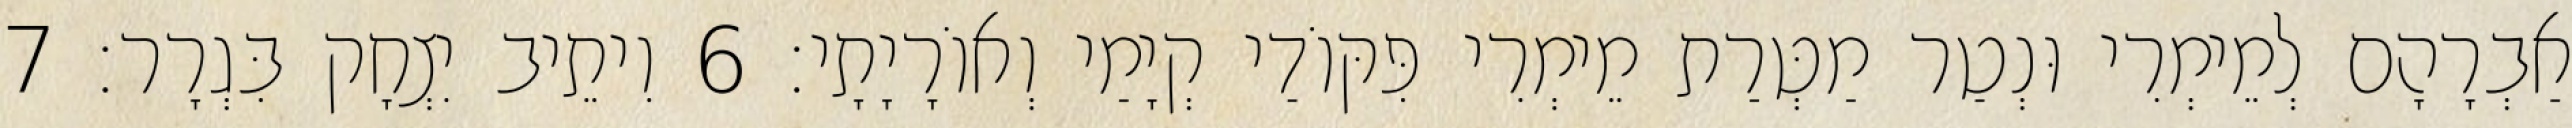
אַבְרָהָם לְמֵימְרִי וּנְטַר מַטְּרַת מֵימְרִי פִּקּוֹדַי קְיָמַי וְאוֹרָיָתָי׃ 6 וִיתֵיב יִצְחָק בִּגְרָר׃ 7